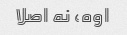
اوه، نه اصلا